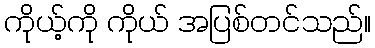
ကိုယ့်ကို ကိုယ် အပြစ်တင်သည်။